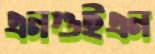
এনগুইএন